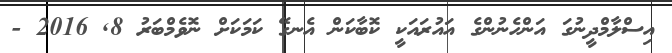
އިސްލާމްދީނުގަ އަންހެނުންގެ އައުރައަކީ ކޮބާކަން އެނގޭ ކަމަކަށް ނޮވެމްބަރު 8